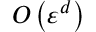
O \left( \varepsilon ^ { d } \right)